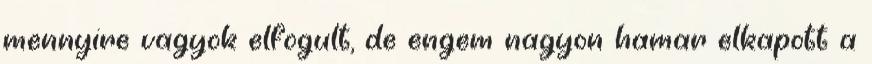
mennyire vagyok elfogult, de engem nagyon hamar elkapott a